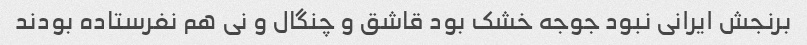
برنجش ایرانی نبود جوجه خشک بود قاشق و چنگال و نی هم نفرستاده بودند